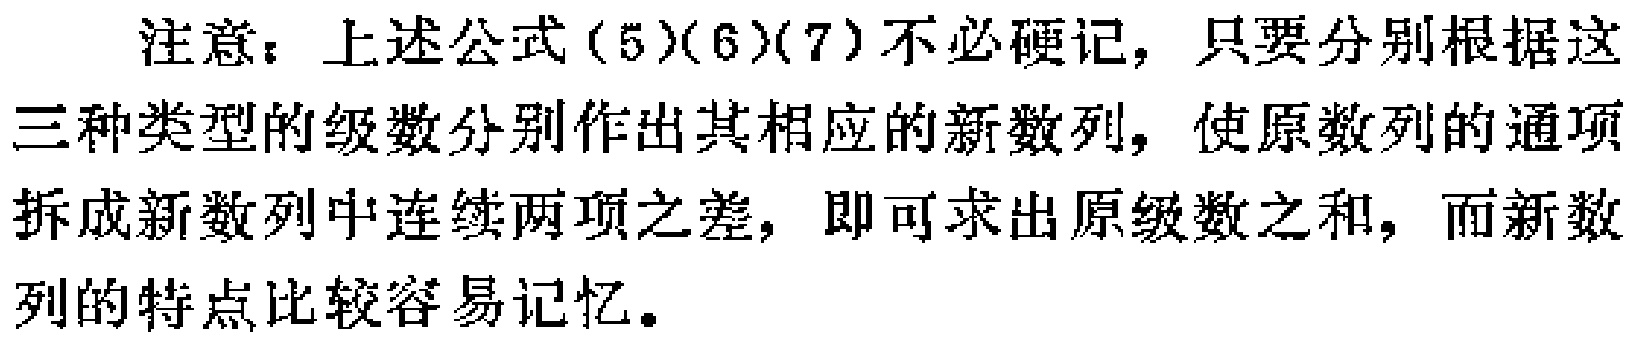
注意：上述公式(5)(6)(7)不必硬记，只要分别根据这三种类型的级数分别作出其相应的新数列，使原数列的通项拆成新数列中连续两项之差，即可求出原级数之和，而新数列的特点比较容易记忆。